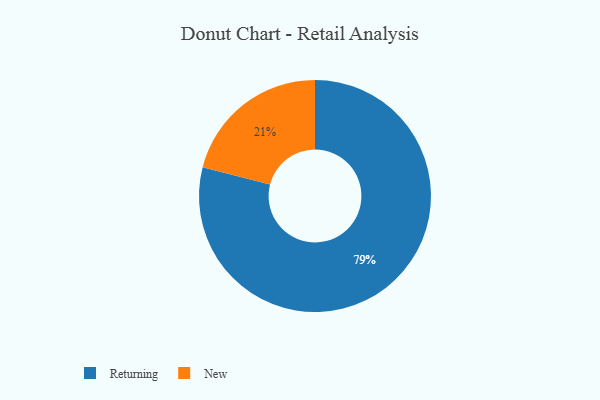
{"axis": {"x": "Category", "y": "Percentage"}, "legend": ["New", "Returning"], "data": [{"x": "Returning", "y": 79, "type": "Returning"}, {"x": "New", "y": 21, "type": "New"}]}